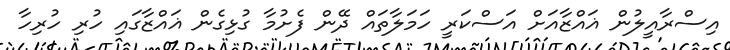
އިސްރާއީލުން ޣައްޒާއަށް އަސްކަރީ ހަމަލާތައް ދޭން ފެށުމާ ގުޅިގެން ޣައްޒާގައި ހުރި ހުރިހާ